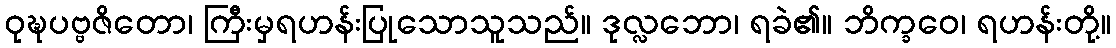
ဝုဍ္ဎပဗ္ဗဇိတော၊ ကြီးမှရဟန်းပြုသောသူသည်။ ဒုလ္လဘော၊ ရခဲ၏။ ဘိက္ခဝေ၊ ရဟန်းတို့။